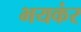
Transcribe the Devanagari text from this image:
भयकंर